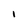
Character: l